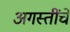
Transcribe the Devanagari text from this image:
अगस्तींचे